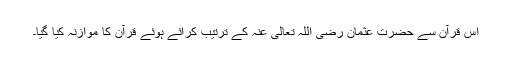
اس قرآن سے حضرت عثمان رضی اللہ تعالی عنہ کے ترتیب کرائے ہوئے قرآن کا موازنہ کیا گیا۔